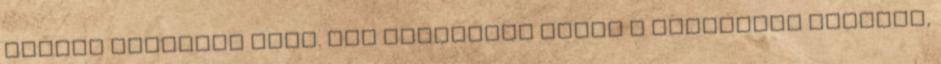
Teljes sötétség volt. Nem láthattam annak a valakinek alakját,